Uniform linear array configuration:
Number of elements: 8
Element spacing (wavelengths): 0.75
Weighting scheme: hamming
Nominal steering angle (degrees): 45
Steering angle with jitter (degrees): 45.128
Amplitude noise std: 0.05
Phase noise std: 0.05

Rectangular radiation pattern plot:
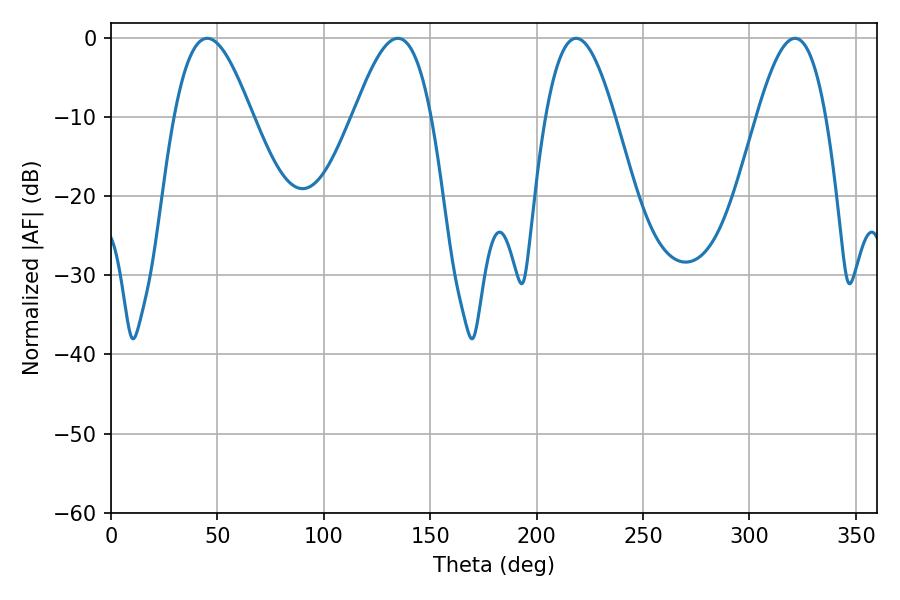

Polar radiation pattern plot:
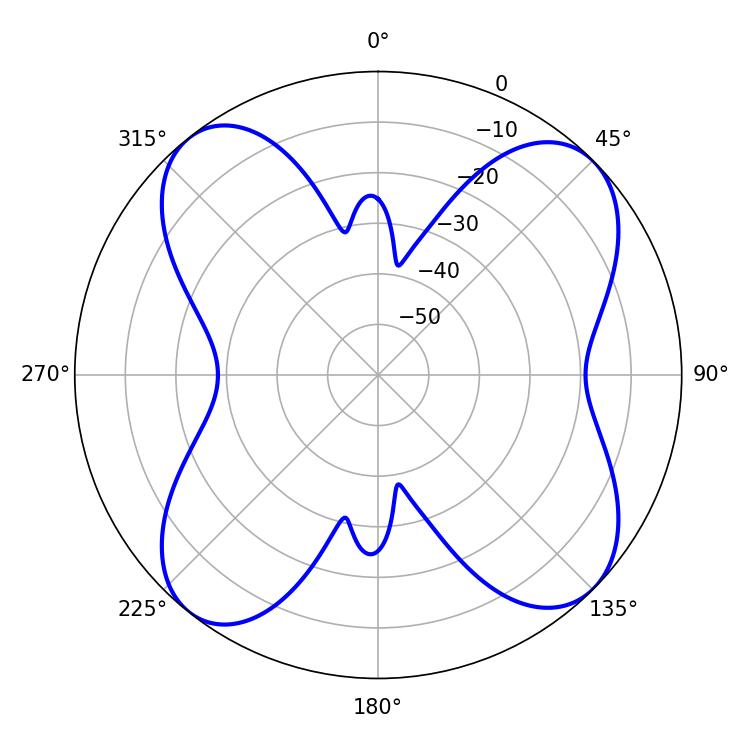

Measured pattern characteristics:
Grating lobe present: TRUE
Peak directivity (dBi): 11.919
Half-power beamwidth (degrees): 19.8
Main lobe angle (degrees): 45.18